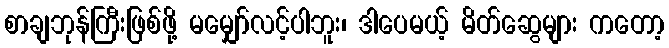
စာချဘုန်ကြီးဖြစ်ဖို့ မမျှော်လင့်ပါဘူး၊ ဒါပေမယ့် မိတ်ဆွေများ ကတော့